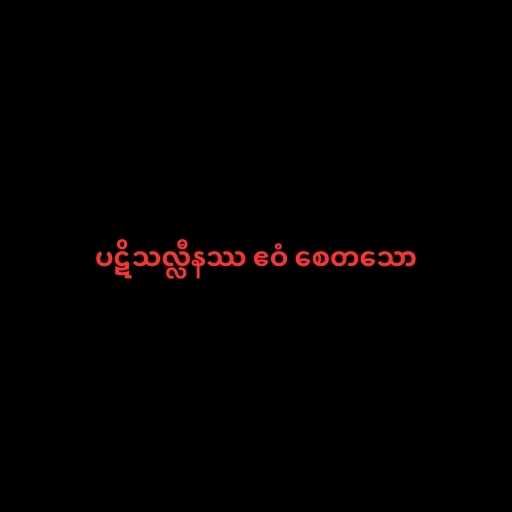
ပဋိသလ္လီနဿ ဧဝံ စေတသော